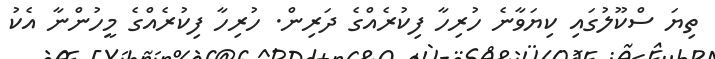
ތިޔަ ސްކޫލުގައި ކިޔަވާނެ ހުރިހާ ފިކުރެއްގެ ދަރިން. ހުރިހާ ފިކުރެއްގެ މީހުންނާ އެކު